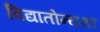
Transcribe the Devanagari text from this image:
विद्यातोन्यथा